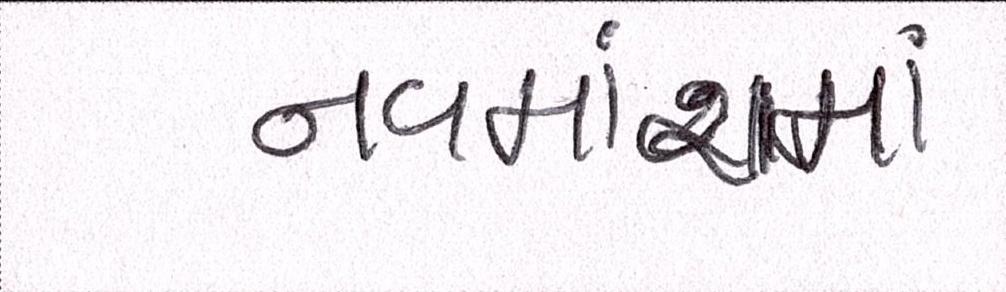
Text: નવમાંશમાં